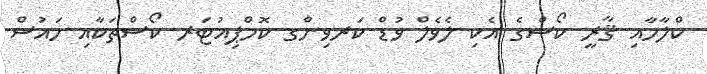
ކްލާހާއި ޤާރީ ކޯސްގެ އެކި ލެވެލް ވުޑް ކަރވިންގ ކޮމްޕިއުޓަރ ކޯސްތަކާއި ހައުސް